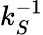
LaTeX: k_{S}^{-1}